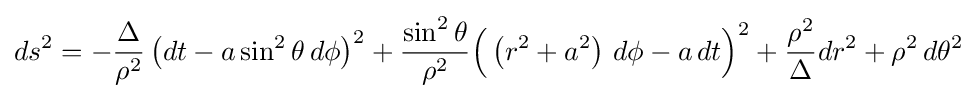
ds^{2}=-{\frac {\Delta }{\rho ^{2}}}\left(dt-a\sin ^{2}\theta \,d\phi \right)^{2}+{\frac {\sin ^{2}\theta }{\rho ^{2}}}{\Big (}\left(r^{2}+a^{2}\right)\,d\phi -a\,dt{\Big )}^{2}+{\frac {\rho ^{2}}{\Delta }}dr^{2}+\rho ^{2}\,d\theta ^{2}